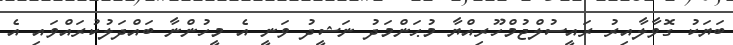
ބަޔަކު ގޮވާލާއިރު ރައީސުލްޖުމްހޫރިއްޔާ މުޙަންމަދު ނަޝީދު ވަނީ އެ މީހުންނާ ބައްދަލުކުރައްވައި އެ